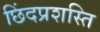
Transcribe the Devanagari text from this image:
छिंदप्रशस्ति